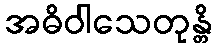
အဓိဝါသေတုန္တိ